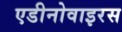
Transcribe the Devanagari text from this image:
एडीनोवाइरस